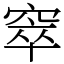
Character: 窣